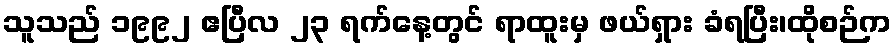
သူသည် ၁၉၉၂ ဧပြီလ ၂၃ ရက်နေ့တွင် ရာထူးမှ ဖယ်ရှား ခံရပြီး၊ထိုစဉ်က